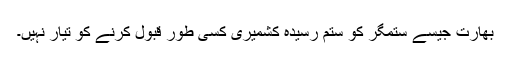
بھارت جیسے ستمگر کو ستم رسیدہ کشمیری کسی طور قبول کرنے کو تیار نہیں۔